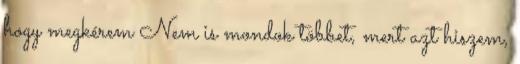
hogy megkérem Nem is mondok többet, mert azt hiszem,